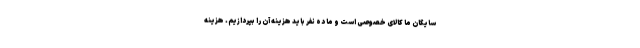
سایگان ما کالای خصوصی است و ما ده نفر باید هزینه آن را بپردازیم. هزینه